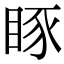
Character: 𥆋